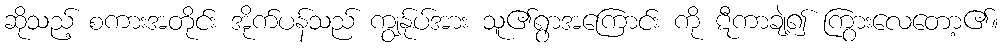
ဆိုသည့် စကားအတိုင်း အိုက်ပန်သည် ကျွန်ုပ်အား သူ၏ရွာအကြောင်း ကို ဋီကာချဲ့၍ ကြွားလေတော့၏။